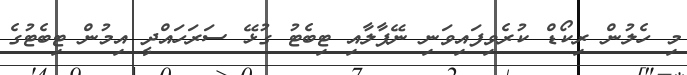
މި ހެލުން ރިކޯޑް ކުރެވިފައިވަނި ނޭޕާލާއި ޓިބެޓު ގުޅޭ ސަރަހައްދީ އިމުން ޓިބެޓުގެ